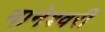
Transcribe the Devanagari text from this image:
नानेश्वरी